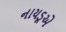
નાયડૂએ